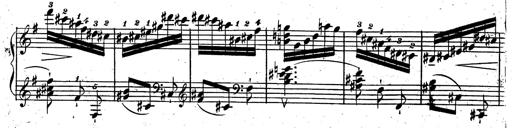
Title: Rondeau fantastique sur un thÃ¨me espagnol
Composer: Franz Liszt